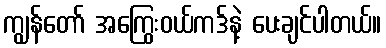
ကျွန်တော် အကြွေးဝယ်ကဒ်နဲ့ ပေးချင်ပါတယ်။